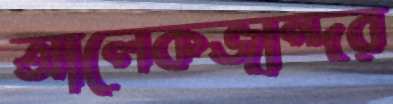
আলেকজান্দর